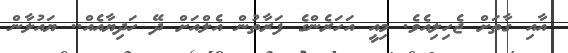
އާއި ގާތަށް ޖެހިލިއެވެ. މިއީ އަހަރެންގެ ފަރާތުން އެލްއަށް ދޭ ހަދިޔާއެއް.. ޔައުލާން